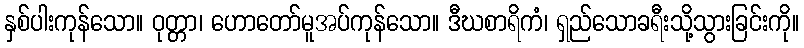
နှစ်ပါးကုန်သော။ ဝုတ္တာ၊ ဟောတော်မူအပ်ကုန်သော။ ဒီဃစာရိကံ၊ ရှည်သောခရီးသို့သွားခြင်းကို။